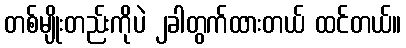
တစ်မျိုးတည်းကိုပဲ ၂ခါတွက်ထားတယ် ထင်တယ်။